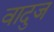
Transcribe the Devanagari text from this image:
वादुज